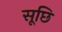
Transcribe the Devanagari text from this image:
सूछि